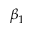
\beta _ { 1 }